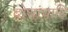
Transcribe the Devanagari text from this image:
दोघांचाहि